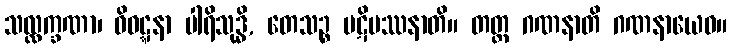
သလ္လက္ခဏာ၊ ဝိဝဋ္ဋနာ ပါရိသုဒ္ဓိ, တေသဉ္စ ပဋိပဿနာတိ။ တတ္ထ ဂဏနာတိ ဂဏနာယေဝ။